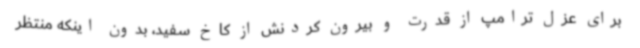
برای عزل ترامپ از قدرت و بیرون کردنش از کاخ سفید، بدون اینکه منتظر